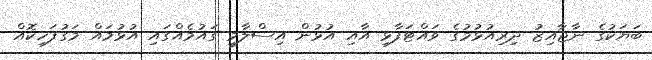
ބަޔަކުގެ ނާޖާއިޒު ދިރިއުޅުމުގެ ވައްޓަފާޅި އާއި އުޅުން އިސްލާމީ ގައުމެއްގައި އުޅުމައް މަގުފަހިކޮއް